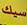
سيك